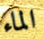
الماء